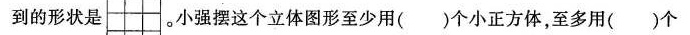
到的形状是 。小强摆这个立体图形至少用( )个小正方体，至多用( )个